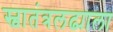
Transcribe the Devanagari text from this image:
स्वातंत्रलढ्याला